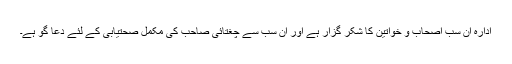
ادارہ ان سب اصحاب و خواتین کا شکر گزار ہے اور ان سب سے چغتائی صاحب کی مکمل صحتیابی کے لئے دعا گو ہے۔